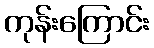
ကုန်းကြောင်း